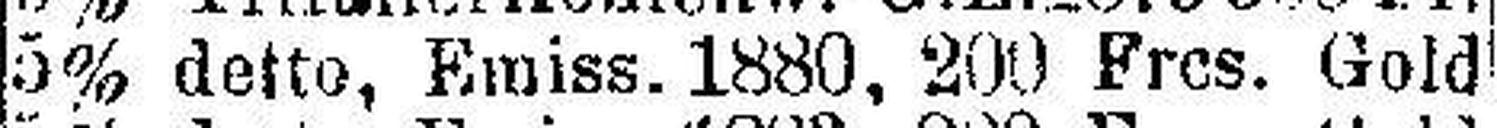
5% detto, Emiss. 1880, 200 Frcs. Gold